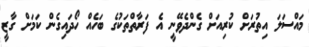
މައްސަލަ އިތުރަށް ކުރިއަށް ގެންދެވޭނީ އެ ފަރާތްތަކުގެ ބަހެއް ހޯދައިގެން ކަމަށް ގާޒީ